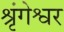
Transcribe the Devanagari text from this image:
श्रृंगेश्वर